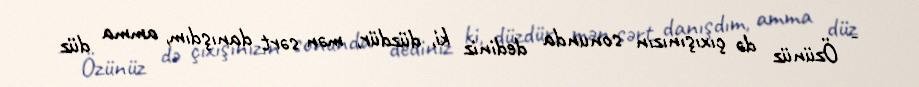
- Özünüz də çıxışınızın sonunda dediniz ki, düzdür, mən sərt danışdım, amma düz